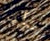
بأن